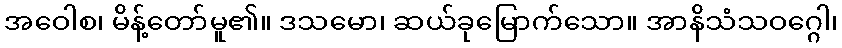
အဝေါစ၊ မိန့်တော်မူ၏။ ဒသမော၊ ဆယ်ခုမြောက်သော။ အာနိသံသဝဂ္ဂေါ၊